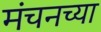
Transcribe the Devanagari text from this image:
मंचनच्या